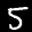
Label: 5